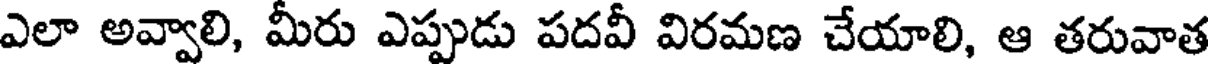
ఎలా అవ్వాలి, మీరు ఎప్పుడు పదవీ విరమణ చేయాలి, ఆ తరువాత